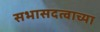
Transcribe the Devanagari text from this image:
सभासदत्वाच्या